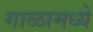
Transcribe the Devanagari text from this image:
गाळामध्ये